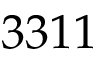
3 3 1 1